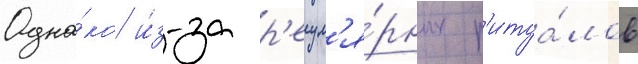
Одна́ко и́з-за р'егул'я́рных р'итуа́лов